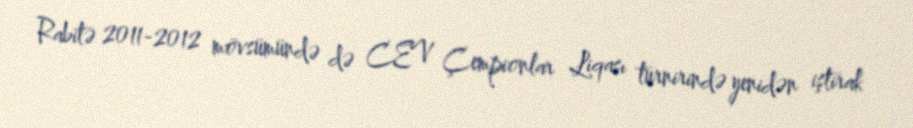
Rabitə 2011-2012 mövsümündə də CEV Çempionlar Liqası turnirində yenidən iştirak